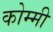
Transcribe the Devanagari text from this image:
कोम्मी